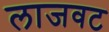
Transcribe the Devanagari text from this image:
लाजवट